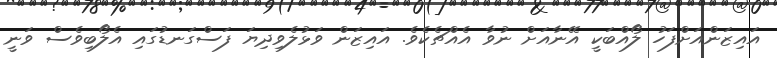
އައިޒަންއަށްފަހު ލޯއްބަކީ އޭނާއަށް ނުވާ އެއްޗެކެވެ. އައިޒަން ވަޅުލެވިދިޔަ ފަސްގަނޑުގައި އެލޯބިވެސް ވަނީ